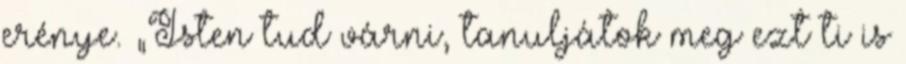
erénye. „Isten tud várni, tanuljátok meg ezt ti is